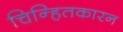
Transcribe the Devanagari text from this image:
चिन्हितकारन